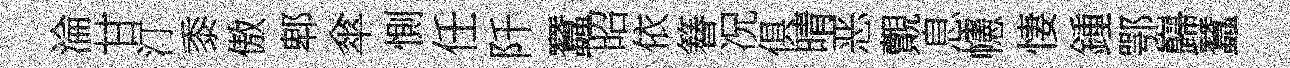
淪甘汀黍傲郫傘惻任阡蠶昭依簮况俱晴恶覿息幰悽鍾鄂巋蠶